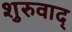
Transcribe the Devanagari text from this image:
शुरुवाद्